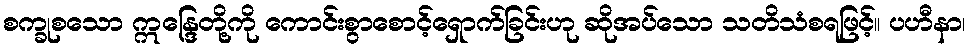
စက္ခုစသော ဣန္ဒြေတို့ကို ကောင်းစွာစောင့်ရှောက်ခြင်းဟု ဆိုအပ်သော သတိသံစရဖြင့်။ ပဟီနာ၊